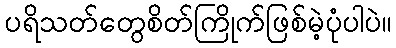
ပရိသတ်တွေစိတ်ကြိုက်ဖြစ်မဲ့ပုံပါပဲ။